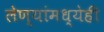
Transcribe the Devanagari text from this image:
लेण्यांमध्येही